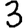
Digit: 3